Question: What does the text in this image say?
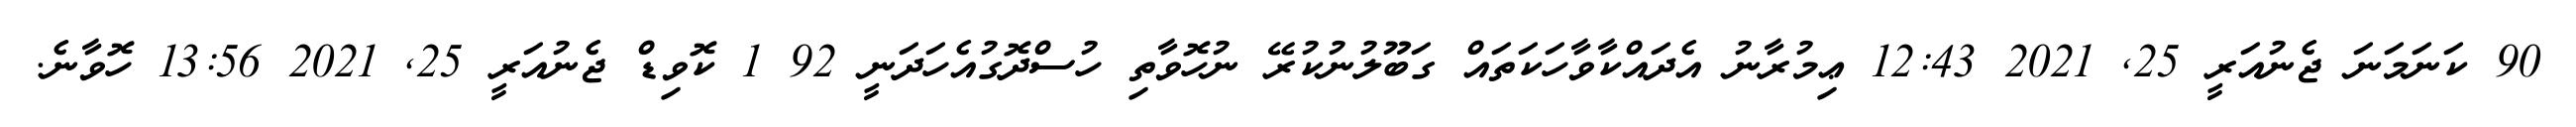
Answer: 90 ކަނަމަނަ ޖެނުއަރީ 25, 2021 12:43 ޢިމުރާނު އެދައްކާވާހަކަތައް ގަބޫލުނުކުރޭ ނުހޮވާތި ހުސްދޮގުއެހަދަނީ 92 1 ކޮވިޑް ޖެނުއަރީ 25, 2021 13:56 ހޮވާނެ.